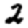
Digit: 2